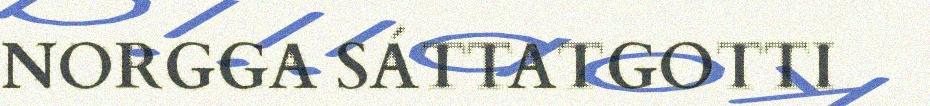
NORGGA SÁTTATGOTTI